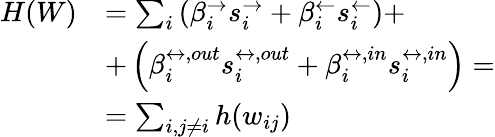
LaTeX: \begin{array}{rl}{H(W)}&{=\sum_{i}\left(\beta_{i}^{\rightarrow}s_{i}^{\rightarrow}+\beta_{i}^{\leftarrow}s_{i}^{\leftarrow}\right)+}\\ &{+\left(\beta_{i}^{\leftrightarrow,out}s_{i}^{\leftrightarrow,out}+\beta_{i}^{\leftrightarrow,in}s_{i}^{\leftrightarrow,in}\right)=}\\ &{=\sum_{i,j\neq i}h(w_{ij})}\end{array}